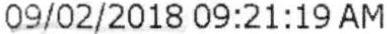
09/02/2018 09:21:19AM